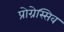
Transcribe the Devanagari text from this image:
प्रोग्रेस्सिव